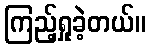
ကြည့်ရှုခဲ့တယ်။